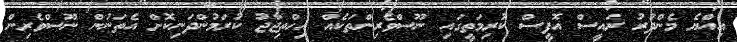
އިއްޔެ މެންދުރު ރައީސް އޮފީސް ކުރިމަތީގައި ނޫސްވެރިންތަކެއް އިހްތިޖާޖު ކުރަމުންދަނިކޮށް އެތަނުން ނޫސްވެރިން